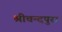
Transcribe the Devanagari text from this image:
श्रीचन्दपुरा